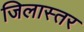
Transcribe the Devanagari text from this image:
जिलास्तर